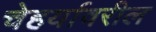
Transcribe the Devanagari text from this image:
चेहर्यावरील